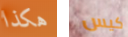
هكذا كيس